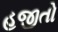
હજીતો